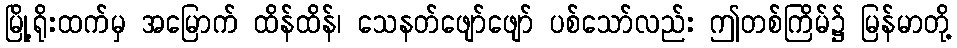
မြို့ရိုးထက်မှ အမြောက် ထိန်ထိန်၊ သေနတ်ဖျော်ဖျော် ပစ်သော်လည်း ဤတစ်ကြိမ်၌ မြန်မာတို့